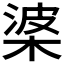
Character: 𭪰